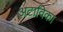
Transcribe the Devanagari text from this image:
अटाविका